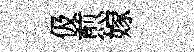
伋煎嫁